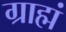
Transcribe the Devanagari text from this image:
ग्राह्मं